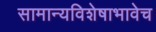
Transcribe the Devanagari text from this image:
सामान्यविशेषाभावेच